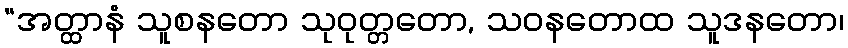
“အတ္ထာနံ သူစနတော သုဝုတ္တတော, သဝနတောထ သူဒနတော၊